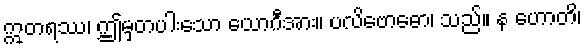
ဣတရဿ၊ ဤမှတပါးသော ယောဂီအား။ ပလိဗောဓော၊ သည်။ န ဟောတိ၊